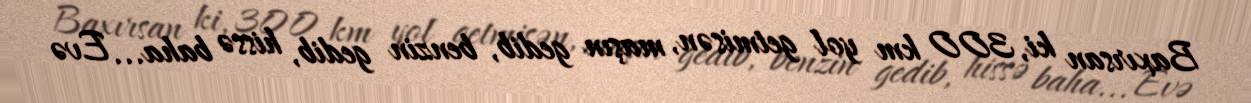
Baxırsan ki, 300 km yol getmisən, maşın gedib, benzin gedib, hissə baha... Evə